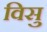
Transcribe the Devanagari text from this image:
विसु